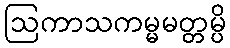
ဩကာသကမ္မမတ္တမ္ပိ